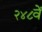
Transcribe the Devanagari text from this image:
२४८वें